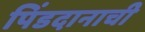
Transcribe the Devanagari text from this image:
पिंडदानाची